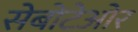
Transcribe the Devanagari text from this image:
सेबोटेओर